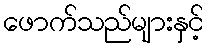
ဖောက်သည်များနှင့်